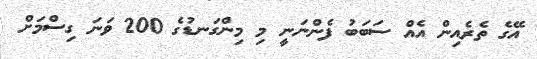
އޭގެ ތެރެއިން އެއް ސަބަބު ފެންނަނީ މި މިންގަނޑުގެ 200 ވަނަ ގިސްމަށް